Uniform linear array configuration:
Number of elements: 48
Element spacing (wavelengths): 0.5
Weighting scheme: uniform
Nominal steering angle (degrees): -15
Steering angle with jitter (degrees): -15.936
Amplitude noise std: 0.05
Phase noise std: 0.05

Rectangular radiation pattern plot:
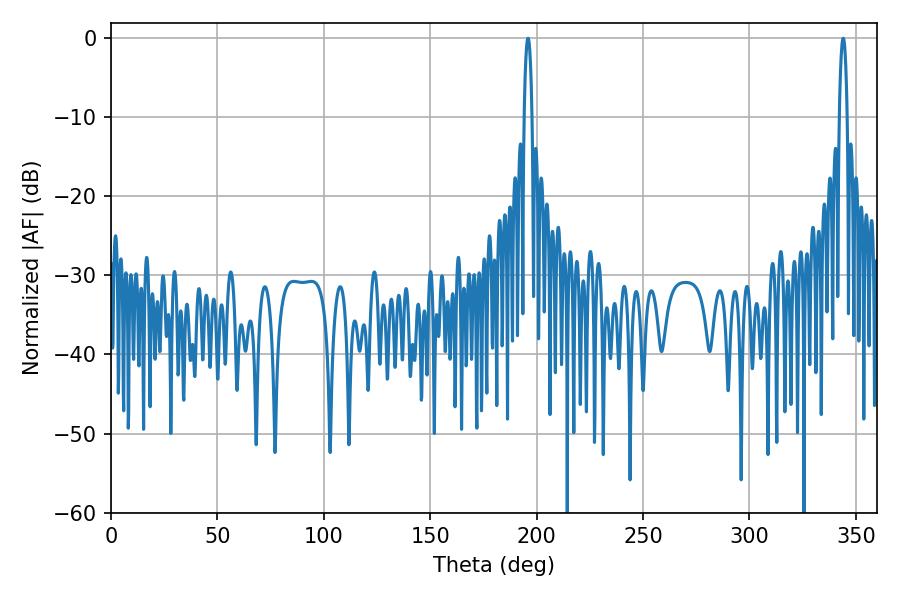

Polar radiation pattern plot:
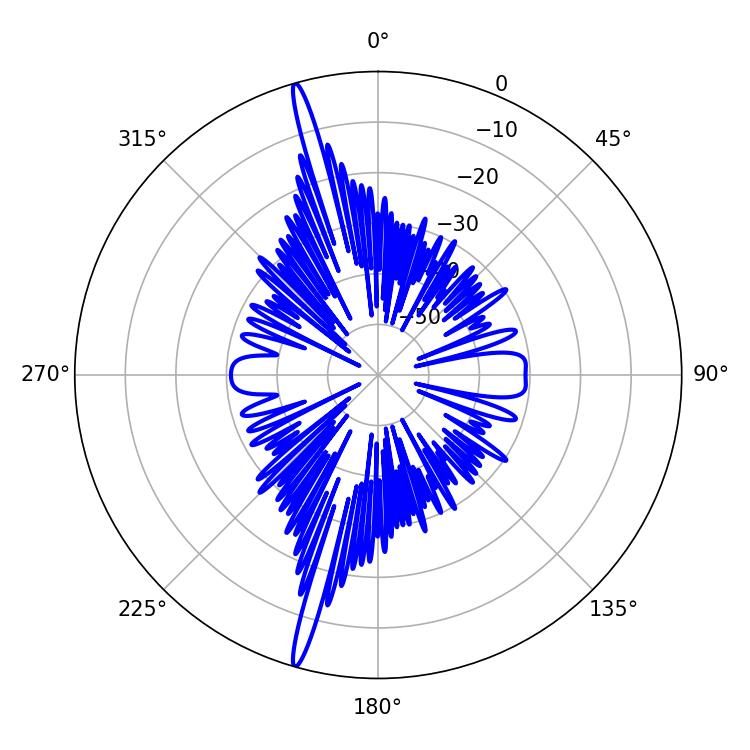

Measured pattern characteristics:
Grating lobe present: FALSE
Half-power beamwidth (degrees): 1.98
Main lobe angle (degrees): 343.98